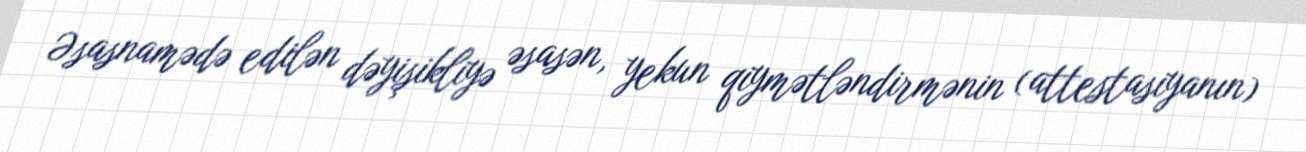
Əsasnamədə edilən dəyişikliyə əsasən, yekun qiymətləndirmənin (attestasiyanın)